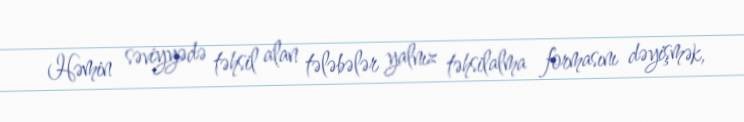
Həmin səviyyədə təhsil alan tələbələr yalnız təhsilalma formasını dəyişmək,